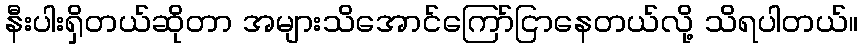
နီးပါးရှိတယ်ဆိုတာ အများသိအောင်ကြော်ငြာနေတယ်လို့ သိရပါတယ်။